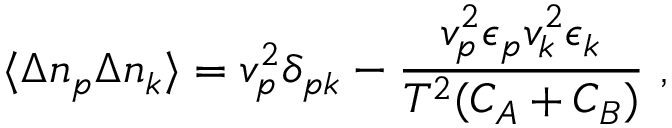
\langle \Delta n _ { p } \Delta n _ { k } \rangle = { v } _ { p } ^ { 2 } \delta _ { p k } - { \frac { { v } _ { p } ^ { 2 } \epsilon _ { p } { v } _ { k } ^ { 2 } \epsilon _ { k } } { T ^ { 2 } ( C _ { A } + C _ { B } ) } } \ ,